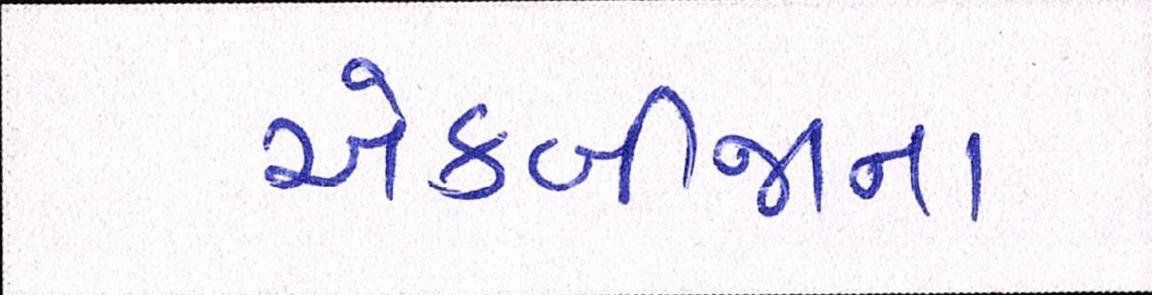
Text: એકબીજાના